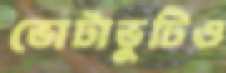
ভোটাভুটিও